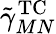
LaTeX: \tilde{\gamma}_{MN}^{\mathrm{TC}}